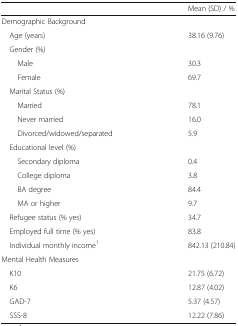
<table><thead><tr><td></td><td><b>Mean (SD) / %</b></td></tr></thead><tbody><tr><td colspan="2">Demographic Background</td></tr><tr><td> Age (years)</td><td>38.16 (9.76)</td></tr><tr><td colspan="2"> Gender (%)</td></tr><tr><td>Male</td><td>30.3</td></tr><tr><td>Female</td><td>69.7</td></tr><tr><td colspan="2"> Marital Status (%)</td></tr><tr><td>Married</td><td>78.1</td></tr><tr><td>Never married</td><td>16.0</td></tr><tr><td>Divorced/widowed/separated</td><td>5.9</td></tr><tr><td colspan="2"> Educational level (%)</td></tr><tr><td>Secondary diploma</td><td>0.4</td></tr><tr><td>College diploma</td><td>3.8</td></tr><tr><td>BA degree</td><td>84.4</td></tr><tr><td>MA or higher</td><td>9.7</td></tr><tr><td> Refugee status (% yes)</td><td>34.7</td></tr><tr><td> Employed full time (% yes)</td><td>83.8</td></tr><tr><td> Individual monthly income<sup>1</sup></td><td>842.13 (210.84)</td></tr><tr><td colspan="2">Mental Health Measures</td></tr><tr><td> K10</td><td>21.75 (6.72)</td></tr><tr><td> K6</td><td>12.87 (4.02)</td></tr><tr><td> GAD-7</td><td>5.37 (4.57)</td></tr><tr><td> SSS-8</td><td>12.22 (7.86)</td></tr></tbody></table>